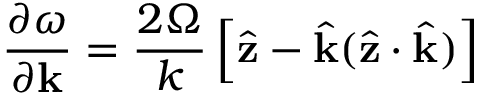
\frac { \partial \omega } { \partial \mathbf { k } } = \frac { 2 \Omega } { k } \left[ \hat { \mathbf { z } } - \hat { \mathbf { k } } ( \hat { \mathbf { z } } \cdot \hat { \mathbf { k } } ) \right]